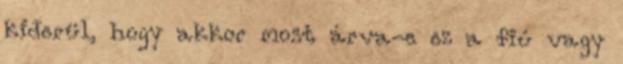
kiderül, hogy akkor most árva-e ez a fiú vagy